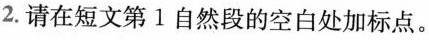
2.请在短文第1自然段的空白处加标点。